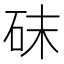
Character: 砞